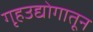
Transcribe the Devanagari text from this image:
गृहउद्योगातून